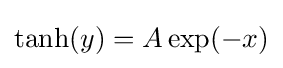
\tanh(y)=A\exp(-x)